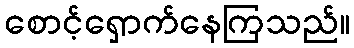
စောင့်ရှောက်နေကြသည်။